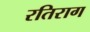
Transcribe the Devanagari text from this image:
रतिराग